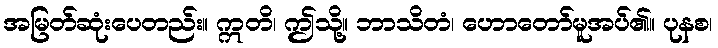
အမြတ်ဆုံးပေတည်း။ ဣတိ၊ ဤသို့။ ဘာသိတံ၊ ဟောတော်မူအပ်၏။ ပုနစ၊